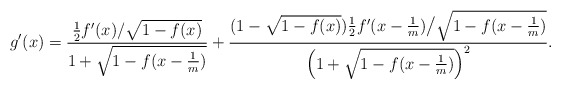
\begin{align*}g'(x) = \frac{\frac{1}{2}f'(x)/ \sqrt{1- f(x)}}{1 + \sqrt{1 - f(x - \frac{1}{m})}} + \frac{(1 -\sqrt{1 - f(x)} ) \frac{1}{2} f'(x-\frac{1}{m}) \big/ \sqrt{1- f(x - \frac{1}{m})} }{\left(1 + \sqrt{1 - f(x - \frac{1}{m})}\right)^2}.\end{align*}